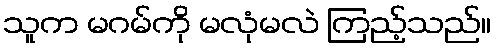
သူက မဂမ်ကို မလုံမလဲ ကြည့်သည်။